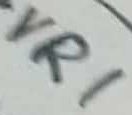
Text: VR1